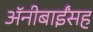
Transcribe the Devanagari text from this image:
अॅनीबाईंसह